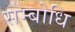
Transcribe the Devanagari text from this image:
सम्‍बोधि